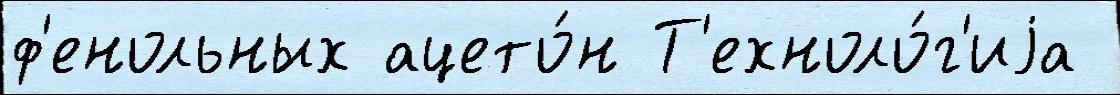
ф'енольных ацето́н Т'ехноло́г'иjа